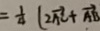
= \frac { 1 } { 4 } ( 2 \overrightarrow { A C } + \overrightarrow { A B }